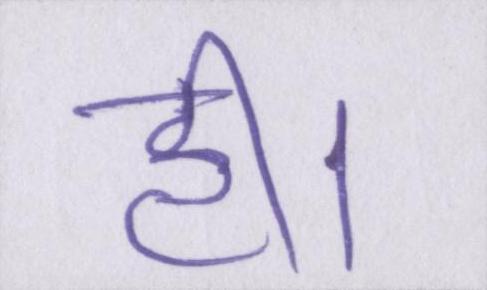
ही।